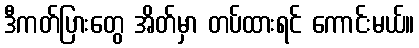
ဒီကတ်ပြားတွေ အိတ်မှာ တပ်ထားရင် ကောင်းမယ်။